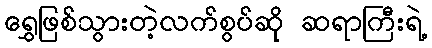
ရွှေဖြစ်သွားတဲ့လက်စွပ်ဆို ဆရာကြီးရဲ့